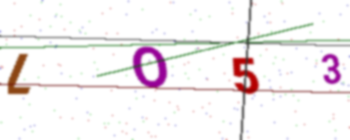
Text: LO53